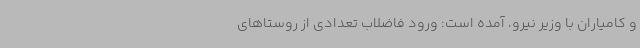
و کامیاران با وزیر نیرو، آمده است: ورود فاضلاب تعدادی از روستاهای